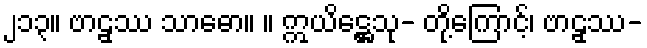
၂၁၃။ ဗာဠှဿ သာဓော။ ။ ဣယိဋ္ဌေသု- တို့ကြောင့်၊ ဗာဠှဿ-